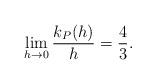
LaTeX: \begin{align*} \begin{aligned} \lim _{h\rightarrow 0}\frac{k_P(h)}{h}=\frac{4}{3}. \end{aligned} \end{align*}